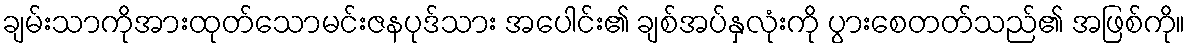
ချမ်းသာကိုအားထုတ်သောမင်းဇနပုဒ်သား အပေါင်း၏ ချစ်အပ်နှလုံးကို ပွားစေတတ်သည်၏ အဖြစ်ကို။